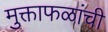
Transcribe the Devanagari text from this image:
मुक्ताफळांची